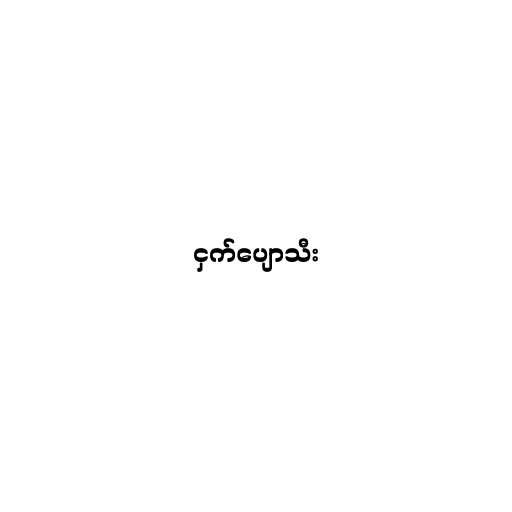
ငှက်ပျောသီး